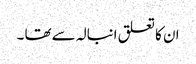
ان کا تعلق انبالہ سے تھا ۔